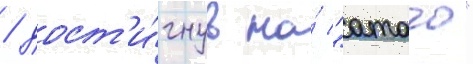
/ дост'и́гнув на́ "атаго"